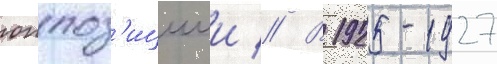
оппоз'ициеи // В 1925-1927